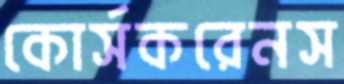
কোর্সকরেনস